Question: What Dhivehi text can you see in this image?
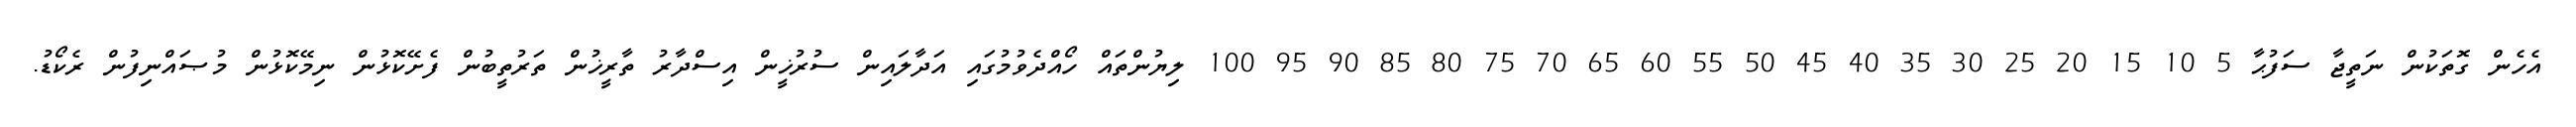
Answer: އެހެން ގޮތަކުން ނަތީޖާ ސަފުޙާ 5 10 15 20 25 30 35 40 45 50 55 60 65 70 75 80 85 90 95 100 ލިޔުންތައް ހޯއްދެވުމުގައި އަދާލައިން ސުރުޚީން އިސްދާރު ތާރީޚުން ތަރުތީބުން ފެށޭކޮޅުން ނިމޭކޮޅުން މުޞައްނިފުން ރެކޯޑު.